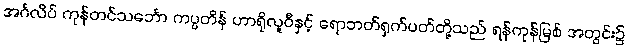
အင်္ဂလိပ် ကုန်တင်သင်္ဘော ကပ္ပတိန် ဟာရိုလူဝီနှင့် ရောဘတ်ရှက်ပတ်တို့သည် ရန်ကုန်မြစ် အတွင်း၌